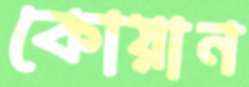
কোয়ান